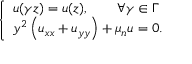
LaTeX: \left\{ \begin{array} { l l } { u ( \gamma z ) = u ( z ) , \qquad \forall \gamma \in \Gamma } \\ { y ^ { 2 } \left( u _ { x x } + u _ { y y } \right) + \mu _ { n } u = 0 . } \end{array} \right.